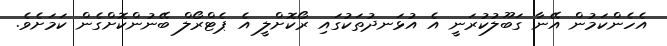
އެހެންކަމުން އޭނާ ގަބޫލުކުރަނީ އެ އުޅަނދުތަކުގައި ރޯކޮށްލީ އެ ޕެޓްރޯލް ބޭނުންކޮށްގެން ކަމަށެވެ.